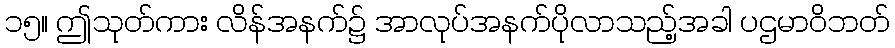
၁၅။ ဤသုတ်ကား လိန်အနက်၌ အာလုပ်အနက်ပိုလာသည့်အခါ ပဌမာဝိဘတ်